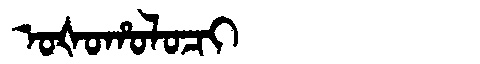
Manchu: ᠣᡧᠣᡥᠣᠯᠣᠴᡳ
Romanization: OŠOHOLOCI